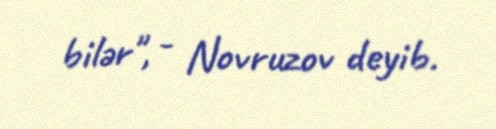
bilər", - Novruzov deyib.